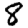
Digit: 8